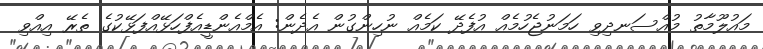
މައުލޫމާތު މުއްސަނދިވި ހަމަނުޖެހުމެއް އުފެދޭ ކަމެއް ނުހިންގުން އެދެން: އެމްއެންޑީއެފްހަޅޭއްފަޅޭކުގެ ތެރޭ އިއްވި